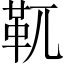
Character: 靰